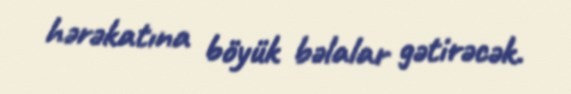
hərəkatına böyük bəlalar gətirəcək.